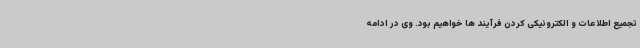
تجمیع اطلاعات و الکترونیکی کردن فرآیند ها خواهیم بود. وی در ادامه